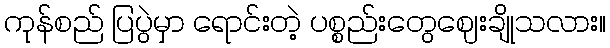
ကုန်စည် ပြပွဲမှာ ရောင်းတဲ့ ပစ္စည်းတွေဈေးချိုသလား။